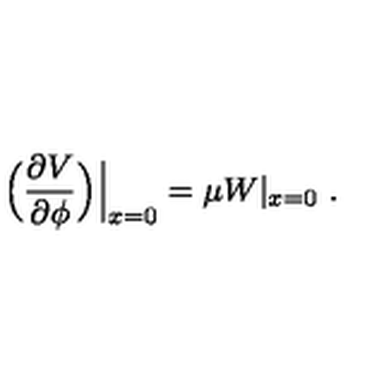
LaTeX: \Big ( { \frac { \partial V } { \partial \phi } } \Big ) \Big | _ { x = 0 } = \mu W | _ { x = 0 } \ .